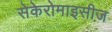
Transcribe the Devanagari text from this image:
सेकेरोमाइसीज